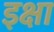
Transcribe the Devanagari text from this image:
इक्षा